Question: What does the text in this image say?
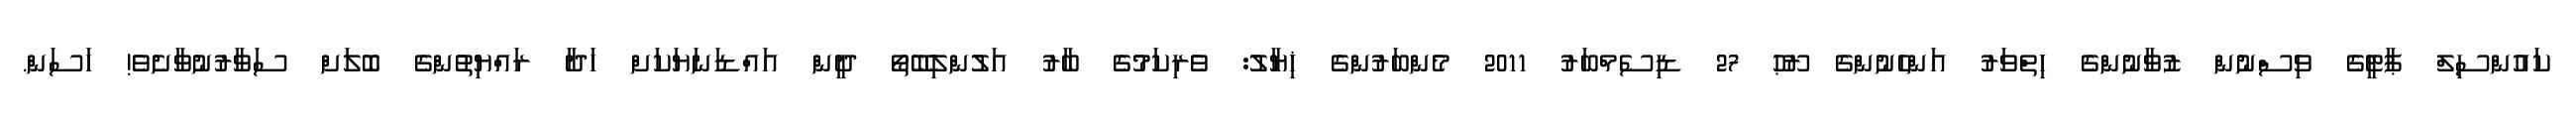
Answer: ކައުންސިލް ޕާޓީގެ ވިސްނުން ޒުވާނުންގެ ހިތްވަރު އަންހެނުންގެ ރޫޙު 27 ޑިސެމްބަރު 2011 މެންބަރުންގެ ޚިޔާލު: ވެރިކަމުގެ ބާރު އަލުންލިބޭތޯ ދީން އައްޑަނަޔަކަށް ހަދާ ރައްޔިތުންގެ ބޮލަށް ސަވާރުނުވާށެވެ! ހަސަން.